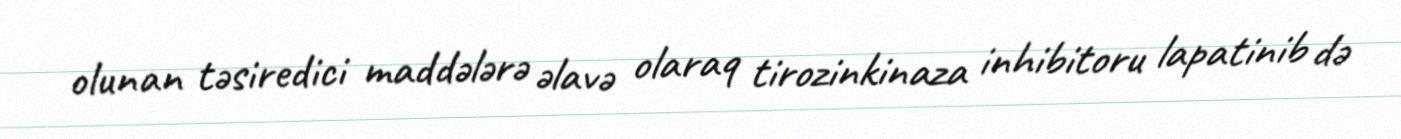
olunan təsiredici maddələrə əlavə olaraq tirozinkinaza inhibitoru lapatinib də